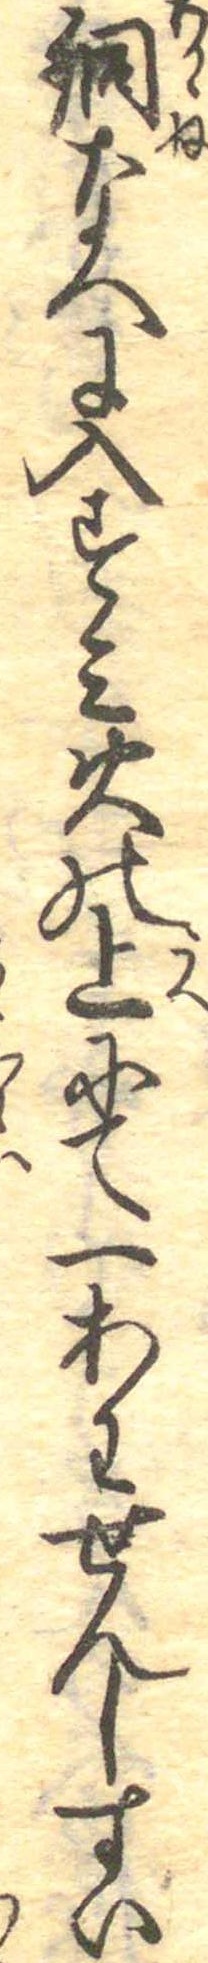
銅なへに入すみ火の上にて一あわせんしすい